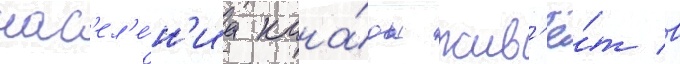
нас'ел'е́н'иа кана́ды жив'ё́т в